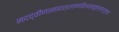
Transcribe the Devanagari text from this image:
नदद्वीणानादश्रवणविलसत्कुण्डलगुणा।